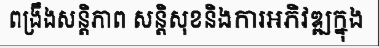
ពង្រឹងសន្តិភាព សន្តិសុខនិងការអភិវឌ្ឍក្នុង